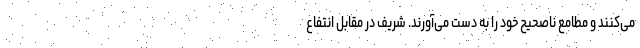
می‌کنند و مطامع ناصحیح خود را به دست می‌آورند. شریف در مقابل انتفاع